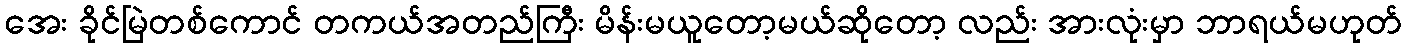
အေး ခိုင်မြဲတစ်ကောင် တကယ်အတည်ကြီး မိန်းမယူတော့မယ်ဆိုတော့ လည်း အားလုံးမှာ ဘာရယ်မဟုတ်